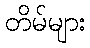
တိမ်များ